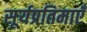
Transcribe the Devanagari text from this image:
सूर्यप्रतिमाएँ